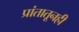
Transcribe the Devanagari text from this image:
प्रांतातूनही